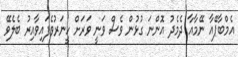
އެމްބާޕޭއާ ނޭމާއާ ދެމެދު އޮންނަ ގުޅުން ވެސް ވަނީ ވަރަށް ހީނަރުވެފައިވާއިރު ބެލެވޭ